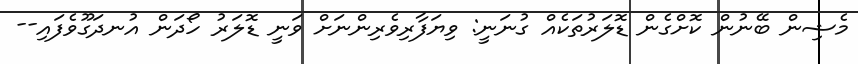
މެޝިން ބޭނުން ކޮށްގެން ޑޮލަރުތަކެއް ގުނަނީ: ވިޔަފާރިވެރިންނަށް ވަނީ ޑޮލަރު ހޯދަން އުނދަގޫވެފައި--